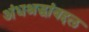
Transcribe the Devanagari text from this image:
अंधश्रद्धांबद्दल